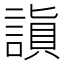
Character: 𬢻